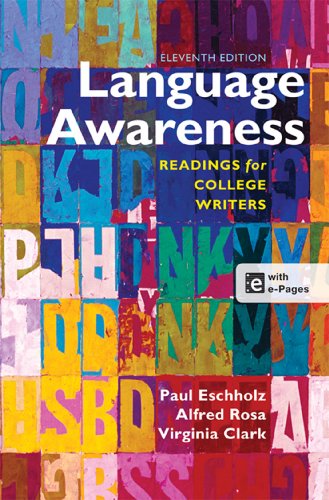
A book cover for Language Awareness: Readings for College Writers; Paul Eschholz; Reference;